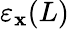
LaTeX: \varepsilon_{\mathbf{x}}(L)